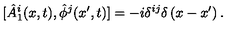
[ \hat { A } _ { 1 } ^ { i } ( x , t ) , \hat { \phi } ^ { j } ( x ^ { \prime } , t ) ] = - i \delta ^ { i j } \delta \left( x - x ^ { \prime } \right) .